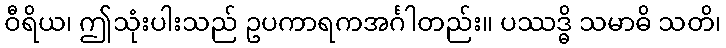
ဝီရိယ၊ ဤသုံးပါးသည် ဥပကာရကအင်္ဂါတည်း။ ပဿဒ္ဓိ သမာဓိ သတိ၊